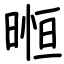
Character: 暅